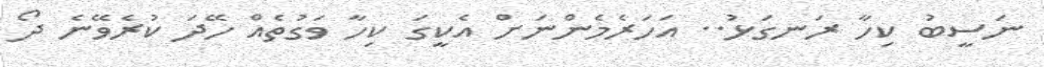
ނަސީބު ކިހާ ރަނގަޅު.. އަހަރެމެންނަށް އެކީގަ ކިހާ ވަގުތެއް ހޭދަ ކުރެވޭނެ ދޯ